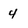
Character: 4